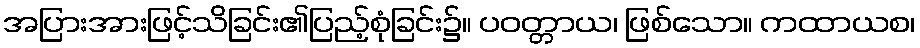
အပြားအားဖြင့်သိခြင်း၏ပြည့်စုံခြင်း၌။ ပဝတ္တာယ၊ ဖြစ်သော။ ကထာယစ၊